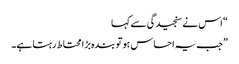
“ اس نے سنجیدگی سے کہا
”جب یہ احساس ہو تو بندہ بڑا محتاط رہتا ہے۔